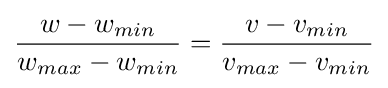
{\frac {w-w_{min}}{w_{max}-w_{min}}}={\frac {v-v_{min}}{v_{max}-v_{min}}}